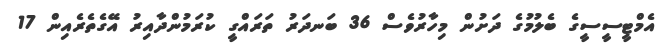
އެމްޓީސީސީގެ ބެލުމުގެ ދަށުން މިހާރުވެސް 36 ބަނދަރު ތަރައްގީ ކުރަމުންދާއިރު އޭގެތެރެއިން 17